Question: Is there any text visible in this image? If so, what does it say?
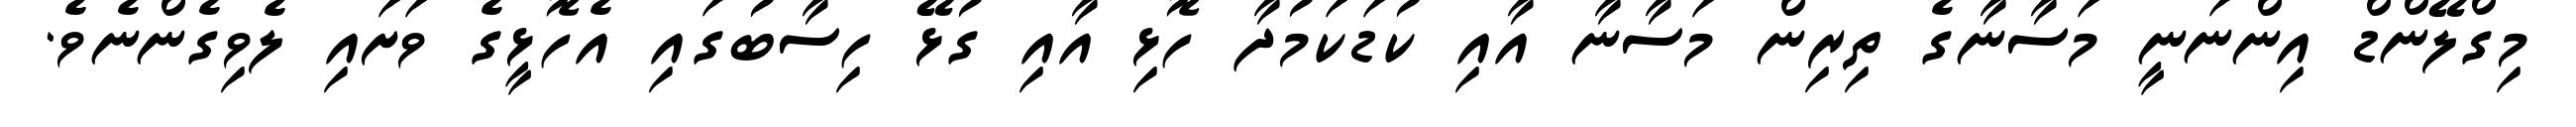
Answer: މިގްލޭންޑް އިންނަނީ މަސާނާގެ ތިރިން މަސާނާ އާއި ކުޑަކަމުދާ ހޮޅި އާއި ގުޅޭ ހިސާބުގައި އެހޮޅީގެ ވަށައި ލެވިގެންނެވެ.